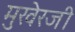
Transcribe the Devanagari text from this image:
मुखेरजी